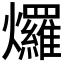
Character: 𤓓